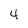
Character: 4